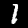
Digit: 1